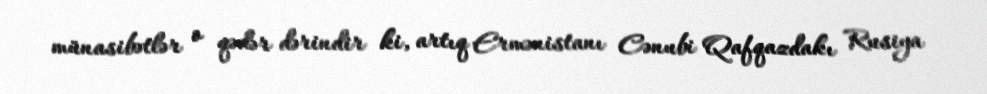
münasibətlər o qədər dərindir ki, artıq Ermənistanı Cənubi Qafqazdakı Rusiya